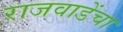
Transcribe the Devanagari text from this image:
राजवाडेंचा